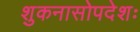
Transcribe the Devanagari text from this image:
शुकनासोपदेशः